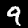
Digit: 9